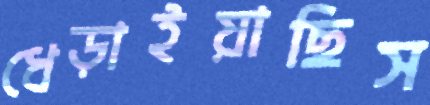
ধেড়াইয়াছিস